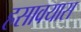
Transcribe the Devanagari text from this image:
हसावयास